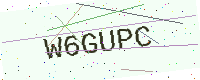
Text: W6GUPC